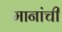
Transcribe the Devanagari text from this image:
मानांची